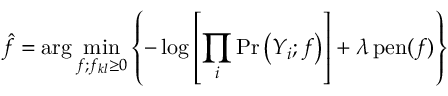
\hat { f } = \arg \operatorname* { m i n } _ { f ; f _ { k l } \geq 0 } \left\{ - \log \left[ \prod _ { i } \operatorname* { P r } \left( Y _ { i } ; f \right) \right] + \lambda \operatorname { p e n } ( f ) \right\}